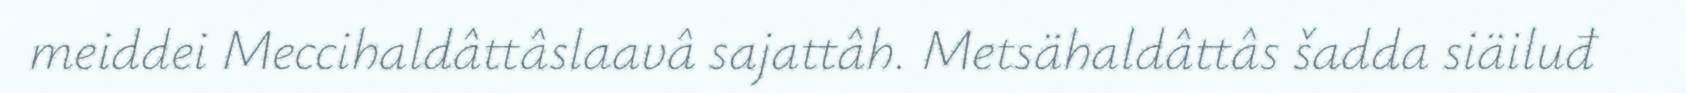
meiddei Meccihaldâttâslaavâ sajattâh. Metsähaldâttâs šadda siäiluđ